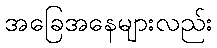
အခြေအနေများလည်း